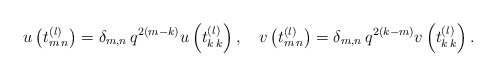
\begin{align*}u\left(t^{(l)}_{m\,n}\right) =\delta_{m,n}\, q^{2(m-k)} u\left(t^{(l)}_{k\,k}\right),\quad v\left(t^{(l)}_{m\,n}\right) =\delta_{m,n}\, q^{2(k-m)} v\left(t^{(l)}_{k\,k}\right) .\end{align*}